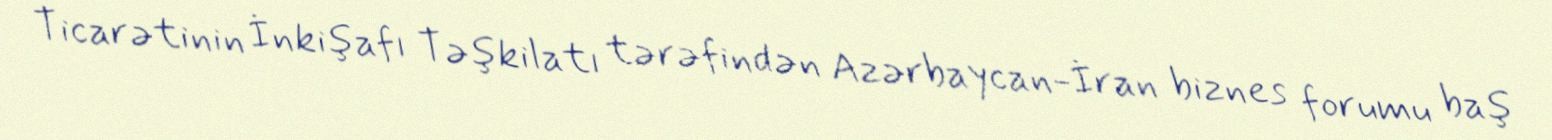
Ticarətinin İnkişafı Təşkilatı tərəfindən Azərbaycan-İran biznes forumu baş